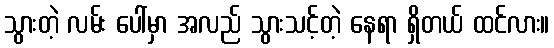
သွားတဲ့ လမ်း ပေါ်မှာ အလည် သွားသင့်တဲ့ နေရာ ရှိတယ် ထင်လား။